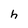
Character: h